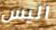
اليس